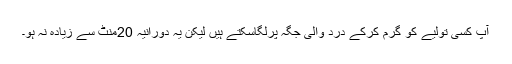
آپ کسی تولیے کو گرم کرکے درد والی جگہ پرلگاسکتے ہیں لیکن یہ دورانیہ 20منٹ سے زیادہ نہ ہو۔